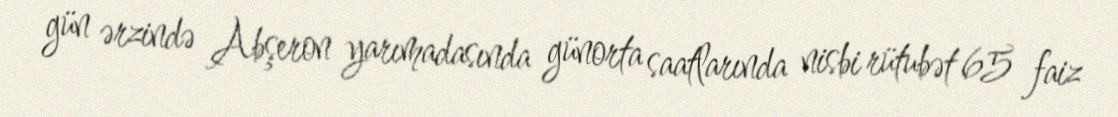
gün ərzində Abşeron yarımadasında günorta saatlarında nisbi rütubət 65 faiz